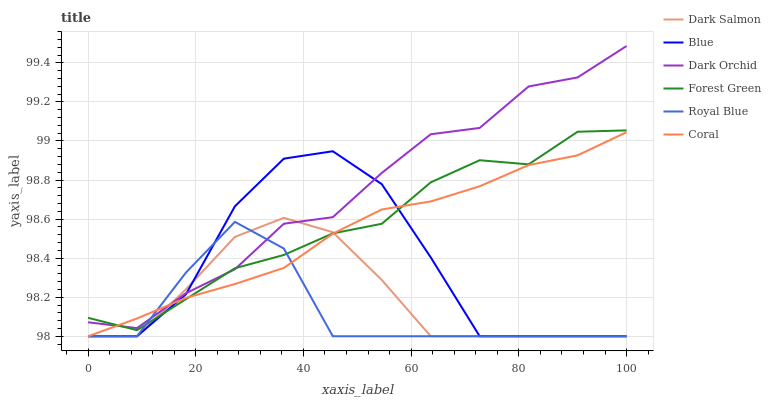
| xaxis_label | Dark Salmon | Blue | Dark Orchid | Forest Green | Royal Blue | Coral |
 | --- | --- | --- | --- | --- | --- | --- |
 | 0 | 98 | 98 | 98.1 | 98.1 | 98 | 98 |
 | 9.09 | 98 | 98 | 98 | 98 | 98 | 98.1 |
 | 18.2 | 98.2 | 98.2 | 98.2 | 98.2 | 98.3 | 98.2 |
 | 27.3 | 98.5 | 98.7 | 98.3 | 98.3 | 98.6 | 98.3 |
 | 36.4 | 98.6 | 98.9 | 98.6 | 98.4 | 98.4 | 98.3 |
 | 45.5 | 98.5 | 98.9 | 98.6 | 98.5 | 98 | 98.5 |
 | 54.5 | 98.3 | 98.8 | 98.8 | 98.6 | 98 | 98.6 |
 | 63.6 | 98 | 98.4 | 99 | 98.8 | 98 | 98.7 |
 | 72.7 | 98 | 98 | 99.1 | 98.9 | 98 | 98.8 |
 | 81.8 | 98 | 98 | 99.3 | 98.9 | 98 | 98.9 |
 | 90.9 | 98 | 98 | 99.3 | 99 | 98 | 98.9 |
 | 100 | 98 | 98 | 99.5 | 99.1 | 98 | 99 |